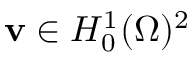
\mathbf { v } \in H _ { 0 } ^ { 1 } ( \Omega ) ^ { 2 }